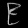
Digit: ၉